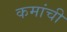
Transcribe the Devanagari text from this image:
कमांची